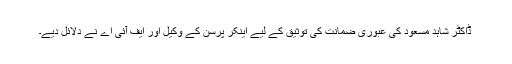
ڈاکٹر شاہد مسعود کی عبوری ضمانت کی توثیق کے لیے اینکر پرسن کے وکیل اور ایف آئی اے نے دلائل دیے۔